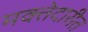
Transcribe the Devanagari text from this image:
मक्तेदारीत